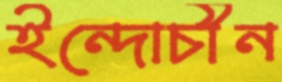
ইন্দোচীন